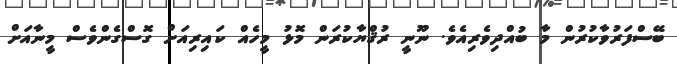
ބޭސްފަރުވާކުރުން މާ ބުއްދިވެރިއެވެ. ނޫނީ ރުޤްޔާކުރަން މޮޅު މީހެއް ކައިރިއަށް ގޮސްގެންވެސް މީނާއަށް